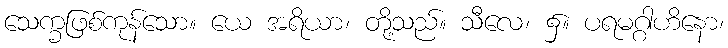
သေက္ခဖြစ်ကုန်သော။ ယေ အရိယာ၊ တို့သည်။ သီလေ၊ ၌။ ပရမဂ္ဂါဟိနော၊